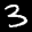
Label: 3